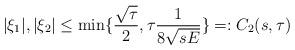
LaTeX: \begin{align*} | \xi_1 | , |\xi_2 | \leq \min\{ \frac{\sqrt{\tau}}{2} , \tau \frac{1}{ 8 \sqrt{ s E } } \} =: C_2(s,\tau) \end{align*}